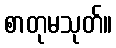
စာတုမသုတ်။